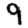
Digit: 9